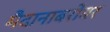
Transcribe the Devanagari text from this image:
मैदानाबरोबर